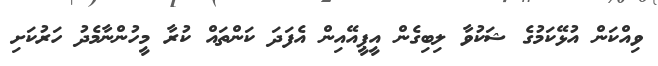
ވިއްކަން އުޅޭކަމުގެ ޝަކުވާ ލިބިގެން އީޕީއޭއިން އެފަަދަ ކަންތައް ކުރާ މީހުންނާމެދު ހަރުކަށި